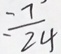
= \frac { 7 } { 2 4 }